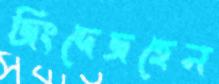
জিংদেজহেন